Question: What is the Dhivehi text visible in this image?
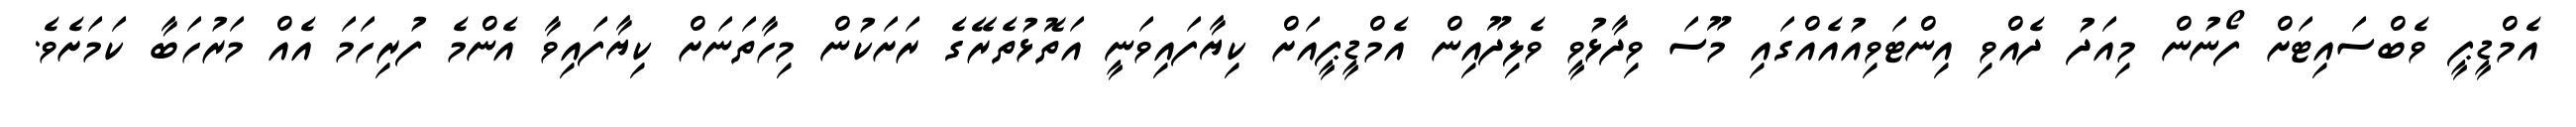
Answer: އެމްޑީޕީ ވެބްސައިޓަށް ފޯނުން މިއަދު ދެއްވި އިންޓަވިއުއެއްގައި މޫސަ ވިދާޅުވީ ވެލިދޫއިން އެމްޑީޕީއަށް ކިޔާފައިވަނީ އަތޮޅުތެރޭގެ ރަށަކުން މިހާތަނަށް ކިޔާފައިވާ އެންމެ ފުރިހަމަ އެއް މަރުހަބާ ކަމަށެވެ.